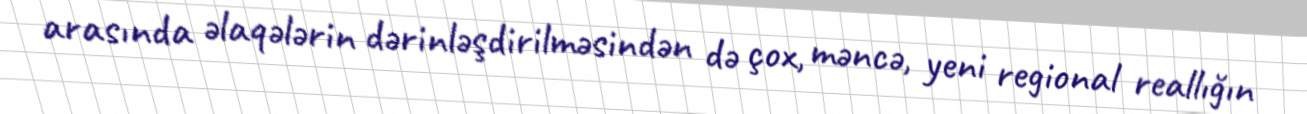
arasında əlaqələrin dərinləşdirilməsindən də çox, məncə, yeni regional reallığın